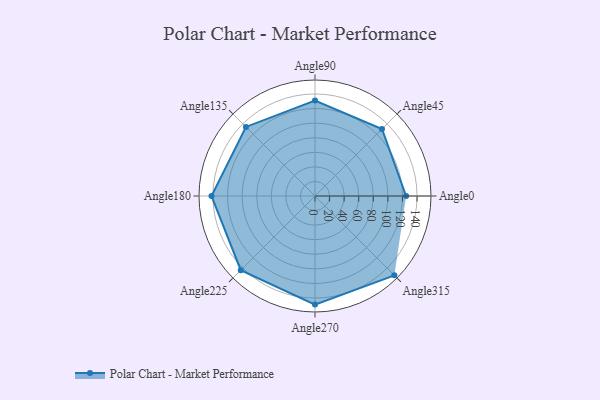
{"axis": {"x": "Angle", "y": "Radius"}, "legend": [""], "data": [{"x": "Angle0", "y": 125.0, "type": ""}, {"x": "Angle45", "y": 130.0, "type": ""}, {"x": "Angle90", "y": 131.0, "type": ""}, {"x": "Angle135", "y": 134.0, "type": ""}, {"x": "Angle180", "y": 142.0, "type": ""}, {"x": "Angle225", "y": 144.0, "type": ""}, {"x": "Angle270", "y": 149.0, "type": ""}, {"x": "Angle315", "y": 154.0, "type": ""}]}